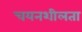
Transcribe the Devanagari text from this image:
चयनशीलता